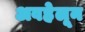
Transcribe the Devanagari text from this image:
अवहेलून